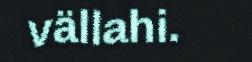
vällahi.